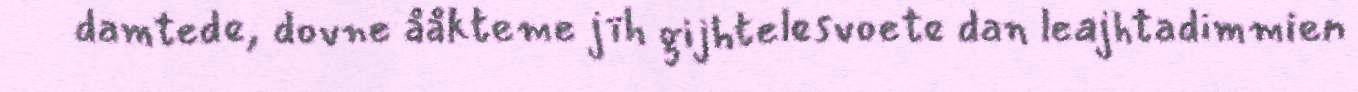
damtede, dovne ååkteme jïh gijhtelesvoete dan leajhtadimmien